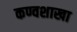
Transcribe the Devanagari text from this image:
कण्वशाखा